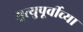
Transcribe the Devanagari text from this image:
मृत्युपूर्वीच्या